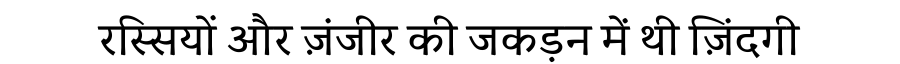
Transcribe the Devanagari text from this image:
रस्सियों और ज़ंजीर की जकड़न में थी ज़िंदगी